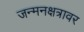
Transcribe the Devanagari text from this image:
जन्मनक्षत्रावर